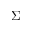
\Sigma